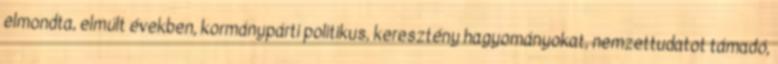
elmondta, elmúlt években, kormánypárti politikus, keresztény hagyományokat, nemzettudatot támadó,